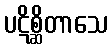
ပဋိစ္ဆိတာသေ